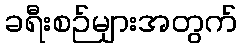
ခရီးစဉ်များအတွက်